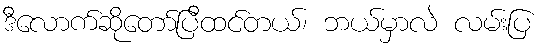
ဒီလောက်ဆိုတော်ပြီထင်တယ်၊ ဘယ်မှာလဲ လမ်းပြ